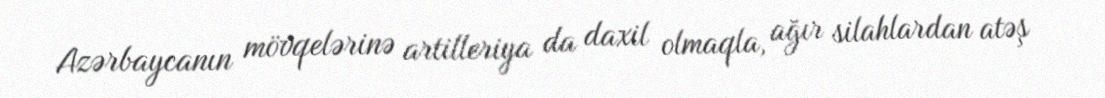
Azərbaycanın mövqelərinə artilleriya da daxil olmaqla, ağır silahlardan atəş